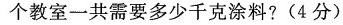
个教室一共需要多少千克涂料?(4分)